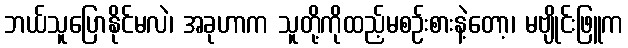
ဘယ်သူပြောနိုင်မလဲ၊ အခုဟာက သူတို့ကိုထည့်မစဉ်းစားနဲ့တော့၊ မဗျိုင်းဖြူက